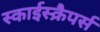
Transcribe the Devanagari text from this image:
स्काईस्क्रैपर्स